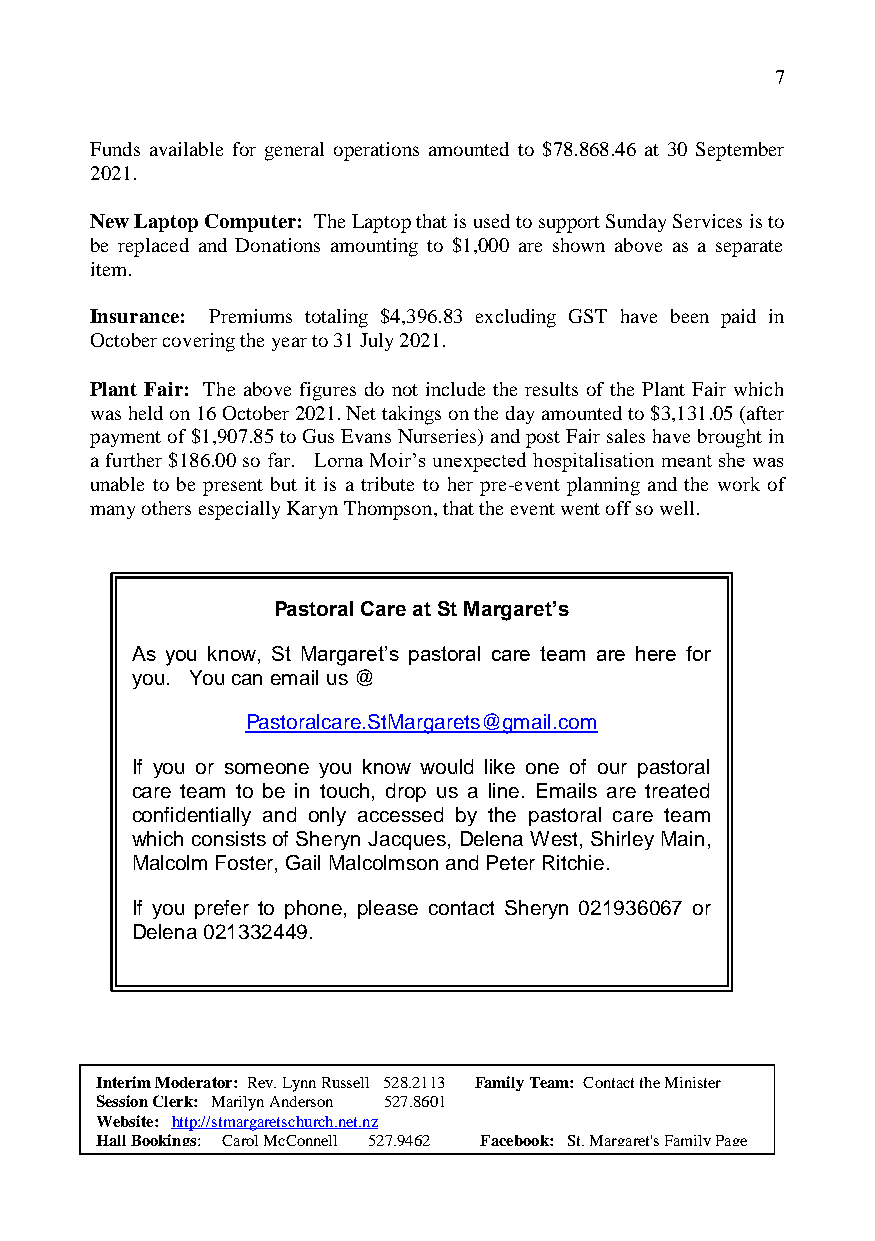
7
 Funds available for general operations amounted to $78.868.46 at 30 September
 2021.
 New Laptop Computer: The Laptop that is used to support Sunday Services is to
 be replaced and Donations amounting to $1,000 are shown above as a separate
 item.
 Insurance: Premiums totaling $4,396.83 excluding GST have been paid in
 October covering the year to 31 July 2021.
 Plant Fair: The above figures do not include the results of the Plant Fair which
 was held on 16 October 2021. Net takings on the day amounted to $3,131.05 (after
 payment of $1,907.85 to Gus Evans Nurseries) and post Fair sales have brought in
 a further $186.00 so far. Lorna Moir’s unexpected hospitalisation meant she was
 unable to be present but it is a tribute to her pre-event planning and the work of
 many others especially Karyn Thompson, that the event went off so well.
 Past oral Car e at St M argare t’s
 As you kno w, St M argaret’s pastor al care team are here f or
 you . You c an emai l us @
 Pastora lcare.StM argare ts@gma il.com
 If yo u or so meone you kno w would like on e of ou r pastor al
 care team t o be in touch, d rop us a line. E mails a re treate d
 con fidentiall y and o nly acce ssed b y the pa storal c are tea m
 whic h consis ts of Sh eryn Ja cques, D elena W est, Sh irley Mai n,
 Mal colm Fos ter, Gai l Malcolm son an d Peter Ritchie.
 If you prefer to phone, please contact Sheryn 021936067 or
 Delena 021332449.
 Interim Moderator: Rev. Lynn Russell 528.2113 Family Team: Contact the Minister
 Session Clerk: Marilyn Anderson 527.8601
 Website: http://stmargaretschurch.net.nz
 Hall Bookings: Carol McConnell 527.9462 Facebook: St. Margaret's Family Page